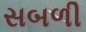
સબળી